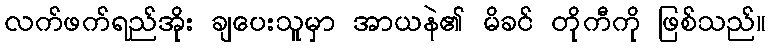
လက်ဖက်ရည်အိုး ချပေးသူမှာ အာယနဲ၏ မိခင် တိုကီကို ဖြစ်သည်။